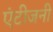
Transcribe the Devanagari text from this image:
एंटीजनी